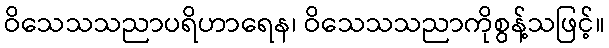
ဝိသေသသညာပရိဟာရေန၊ ဝိသေသသညာကိုစွန့်သဖြင့်။